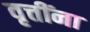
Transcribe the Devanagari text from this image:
वृत्तींना